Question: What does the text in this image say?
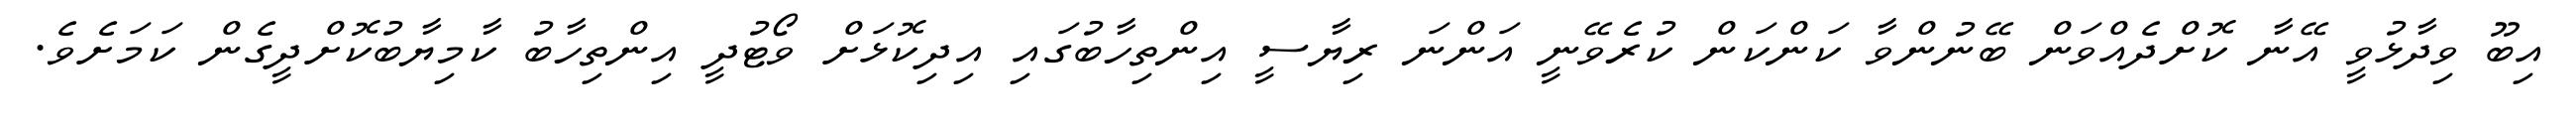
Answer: އިބޫ ވިދާޅުވީ އޭނާ ކޮށްދެއްވަން ބޭނުންވާ ކަންކަން ކުރެވޭނީ އަންނަ ރިޔާސީ އިންތިހާބުގައި އިދިކޮޅަށް ވޯޓުދީ އިންތިހާބު ކާމިޔާބުކޮށްދީގެން ކަމަށެވެ.